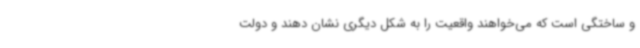
و ساختگی است که می‌خواهند واقعیت را به شکل دیگری نشان دهند و دولت